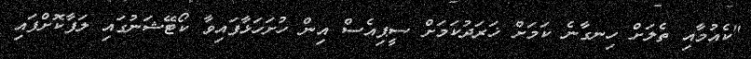
"ކެއުމާއި ތެލަށް ހިނގާނެ ކަމަށް ޚަރަދުކަމަށް ސީޕިއެސް އިން ހުށަހަޅާފައިވާ ކޯޓޭޝަނުގައި ލަފާކޮށްފައި